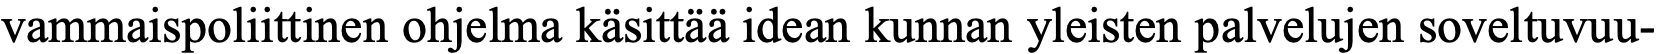
vammaispoliittinen ohjelma käsittää idean kunnan yleisten palvelujen soveltuvuu-